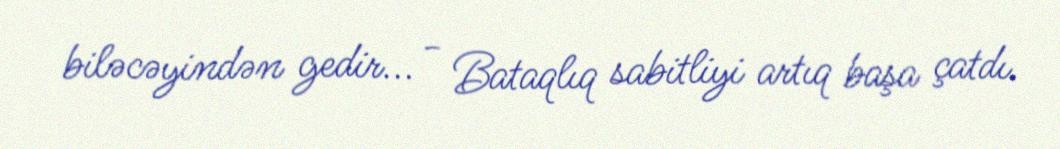
biləcəyindən gedir... - Bataqlıq sabitliyi artıq başa çatdı.